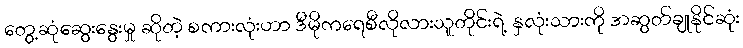
တွေ့ဆုံဆွေးနွေးမှု ဆိုတဲ့ စကားလုံးဟာ ဒီမိုကရေစီလိုလားသူတိုင်းရဲ့ နှလုံးသားကို အဆွတ်ချုနိုင်ဆုံး